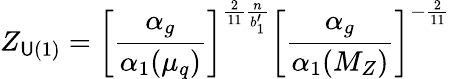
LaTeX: Z_{\mathsf{U}(1)}=\left[\frac{{\alpha_{g}}}{{\alpha_{1}(\mu_{q})}}\right]^{\frac{{2}}{{11}}\frac{{n}}{{b_{1}^{\prime}}}}\left[\frac{{\alpha_{g}}}{{\alpha_{1}(M_{Z})}}\right]^{-\frac{{2}}{{11}}}